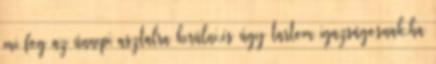
mi fog az ünnepi asztalra kerülni,és úgy tartom igazságosnak,ha